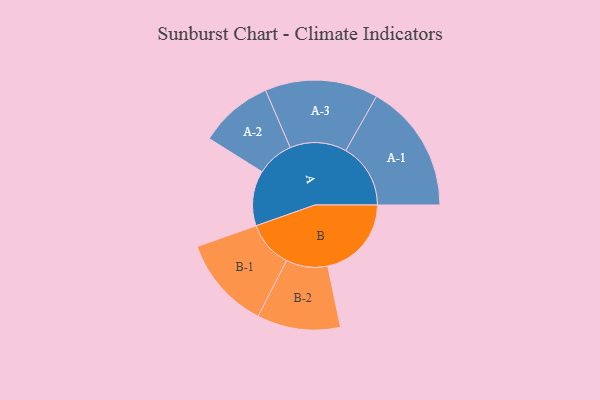
{"axis": {"x": "Segment", "y": "Value"}, "legend": ["", "A", "B"], "data": [{"x": "A", "y": 248, "type": ""}, {"x": "B", "y": 376, "type": ""}, {"x": "A-1", "y": 291, "type": "A"}, {"x": "A-2", "y": 166, "type": "A"}, {"x": "A-3", "y": 254, "type": "A"}, {"x": "B-1", "y": 209, "type": "B"}, {"x": "B-2", "y": 187, "type": "B"}]}